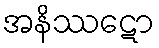
အနိဿဋော